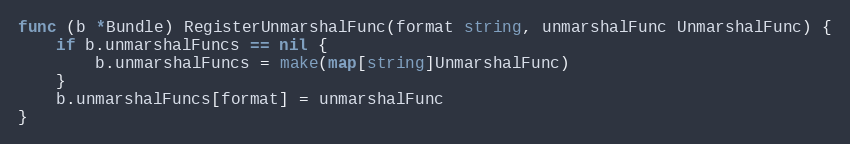
Language: Go
func (b *Bundle) RegisterUnmarshalFunc(format string, unmarshalFunc UnmarshalFunc) {
	if b.unmarshalFuncs == nil {
		b.unmarshalFuncs = make(map[string]UnmarshalFunc)
	}
	b.unmarshalFuncs[format] = unmarshalFunc
}